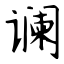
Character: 谰